King Institute of Preventive Medicine Micro-Biological Section reports 1909-11
Year: 1909
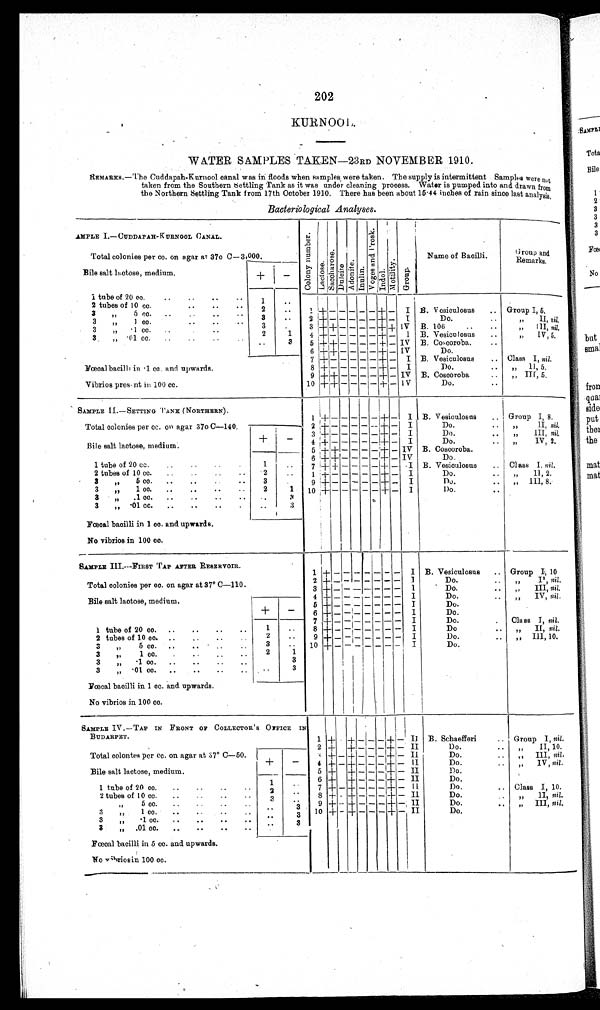
202
KURNOOL.
WATER SAMPLES TAKEN—23RD NOVEMBER 1910.
REMARKS.—The Cuddapah-Kurnool canal was in floods when samples were taken. The supply is intermittent Samples were not
taken from the Southern Settling Tank as it was under cleaning process. Water is pumped into and drawn from
the Northern Settling Tank from 17th October 1910. There has been about 15·44 inches of rain since last analys
is.
Bacteriological Analyses .
SAMPLE I.—CUDDAPAH-KURNOOL CANAL.
Col ony number. LactoseSuccharoseDul ci t eAdoniteInulinVo g e s a n d P r o s k IndolMotilityGroup
Name of Bacilli.
Group and
Remarks.
Total colonies per cc. on agar at 37° C—3,000.
Bile salt lactose, medium
+
−
1 tube of 20 cc.
1
2 tubes of 10 cc.
2
1 + − − − − −
+
−
I B. Vesiculosus
Group I, 5.
3 ,, 5 cc.
3
2 + − − − − − +
−
I
Do.
„ I
nil
.
3 ,, 1 cc.
3
3
+
+ − − − −
+
+
IV B. 106
,, III nil
.
3 ,, ·1 cc.
2
1
4 + − − − − − + −
I B. Vesiculosus
,, IV, 5.
3 ,, ·01 cc.
3
5
+
+ − − − −
+
− IV B. Coscoroba.
6
+ +
− − − −
+
− IV
Do.
7 + − − − − − + −
I B. Vesiculosus
Class I, nil.
Fœcal bacilli in ·1 cc. and upwards.
8 + − − − − − + −
I
Do.
,, II, 5.
9 +
+
− − − − + − IV B. Coscoroba.
„ III, 5.
Vibrios present in 100 cc.
10 +
+
− − − −
+
−
IV
Do.
SAMPLE II.—SETTING TANK (NORTHERN).
1
+
− − − − −
+
−
I B. Vesiculosus
Group I, 8.
Total colonies per cc. on agar 37° C—140.
2 + − − − − −
+
−
I
Do.
„ II, nil.
3 + − − − − −
+
−
I
Do.
,, III, nil.
+
−
4 + − − − − −
+
−
I
Do.
„ IV, 2
Bile salt lactose, medium.
5
+ +
− − − −
+
− IV B. Coscoroba.
6
+ +
− − − − + − IV
Do.
1 tube of 20 cc.
1
7
+ +
− − − − + −
I B. Vesiculosus
Class I. nil.
2 tubes of 10 cc.
2
8
+
− − − − − + −
I
Do.
„ II, 2.
3 ,, 5 cc.
3
9
+
− − − − − +
−
I
Do.
,, III, 8.
3 „ 1 cc.
2
1
10
+
− − − − − +
−
I
Do.
3 „ ·1 cc.
3
3 „ ·01 cc.
3
Fœcal bacilli in 1 cc. and upwards.
No vibrios in 100 cc.
SAMPLE III.—FIRST TAP AFTER RESERVOIR.
1
+
− − − − − − −
I B. Vesiculosus
Group I, 10
2
+
− − − − − − −
I
Do.
„ I nil
.
Total colonies per cc. on agar at 37° C—110.
3
+
− − − − − − −
I
Do.
„ III
nil
.
4
+
− − − − − − −
I
Do.
,, IV, nil.
Bile salt lactose, medium.
5
+
− − − − − − −
I
Do.
+
−
6
+
− − − − − − −
I
Do.
7 + − − − − − − −
I
Do.
Class I, nil.
1 tube of 20 cc.
1
8
+ − − − − − − −
I
Do
,, II , nil.
2 tubes of 10 cc.
2
9
+ − − − − − − −
I
Do.
,, III, 10.
3 „ 5 cc.
3
10 +
− −
− −
− − −
I
Do.
3 ,, 1 cc.
2
1
3 ,, ·1 cc.
3
3 „ ·01 cc.
3
Fœcal bacilli in 1 cc. and upwards.
No vibrios in 100 cc.
SAMPLE IV.—TAP IN FRONT OF COLLECTOR'S OFFICE IN
BUDARPET.
1
+ +
− −
−
+
−
II B. Schaefferi. Group I, nil.
2 + +
− − −
+
−
II
Do.
,, II, 10.
Total colontes per cc. on agar at:37° C—50.
3
+
−
+
− − −
+
−
II
Do.
„ III, nil .
+
−
4
+
−
+
− − −
+
−
II
Do.
„ IV, nil .
Bile salt lactose, medium.
5
+ +
− − −
+
−
II
Do.
1 tube of 20 cc.
1
6
+ +
− − −
+
−
II
Do.
2 tubes of 10 cc.
2
7
+
−
+
− − −
+
−
II
Do.
Class I, 10.
3 „ 5 cc.
3
8
+
−
+
− − −
+
−
II
Do.
,, II
nil.
3 „ 1 cc.
3
9
+
−
+
− − −
+
−
II
Do.
,, III, nil.
3 „ ·1 cc.
3
10
+
−
+
− − −
+
−
II
Do.
3 „ ·01 cc.
3
Fœcal bacilli in 5 cc.and upwards.
No vibrios in 100 cc.